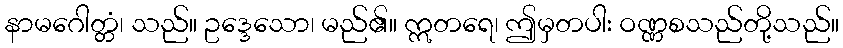
နာမဂေါတ္တံ၊ သည်။ ဥဒ္ဒေသော၊ မည်၏။ ဣတရေ၊ ဤမှတပါး ဝဏ္ဏစသည်တို့သည်။